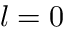
l = 0